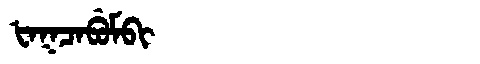
Manchu: ᡶᠠᡴᠴᠠᠪᡠᠮᠪᡳ
Romanization: FAKCABUMBI